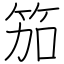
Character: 笳